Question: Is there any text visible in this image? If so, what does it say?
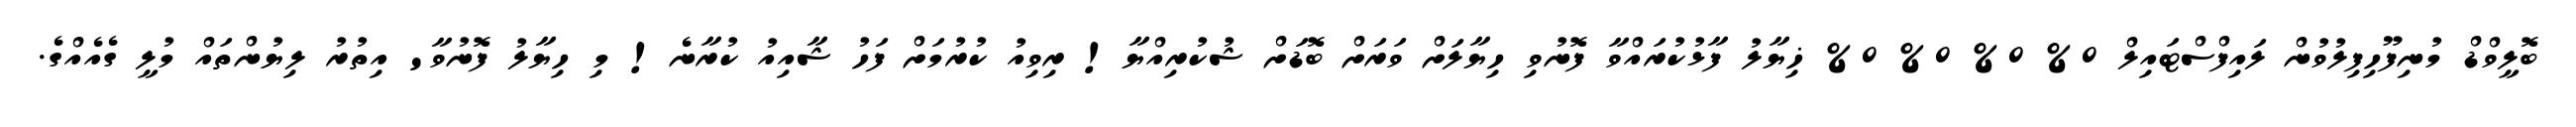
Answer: ބޮލީވްޑް މުނިފޫހިފިލުވުން ލައިފްސްޓައިލް 0% 0% 0% 0% ޚިޔާލު ފާޅުކުރައްވާ ފޮނުވި ހިޔާލަށް ވަރަށް ބޮޑަށް ޝުކުރިއްޔާ! ރިވިއު ކުރުމަށް ފަހު ޝާއިއު ކުރާނެ! މި ހިޔާލު ފޮނުވާ' އިތުރު ލިޔުންތައް މުލީ ގެއެއްގެ.